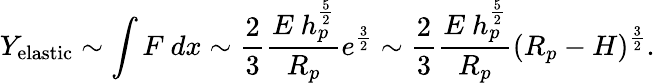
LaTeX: Y_{\mathrm{elastic}}\sim\int F~dx\sim\frac{2}{3}\frac{E~h_{p}^{\frac{5}{2}}}{R_{p}}e^{\frac{3}{2}}\sim\frac{2}{3}\frac{E~h_{p}^{\frac{5}{2}}}{R_{p}}(R_{p}-H)^{\frac{3}{2}}.